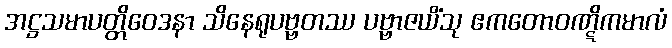
အဋ္ဌသမာပတ္တိဝေဒနာ သိနေရုပဗ္ဗတဿ ပဗ္ဗာဇယိံသု ဧကတောဝဏ္ဋိကမာလံ